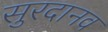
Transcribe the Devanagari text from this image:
सुरदानव